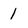
Character: 1